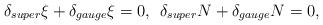
LaTeX: \begin{align*}\delta_{super}\xi + \delta_{gauge}\xi = 0 ,\:\:\delta_{super}N + \delta_{gauge}N = 0,\end{align*}